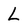
Character: L